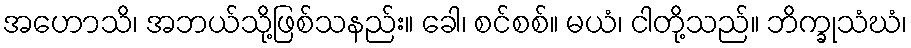
အဟောသိ၊ အဘယ်သို့ဖြစ်သနည်း။ ခေါ၊ စင်စစ်။ မယံ၊ ငါတို့သည်။ ဘိက္ခုသံဃံ၊